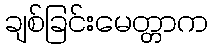
ချစ်ခြင်းမေတ္တာက